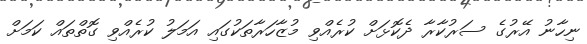
ނިހާނު އޭރުގެ ސަރުކާރާ ދެކޮޅަށް ކުރެއްވި މުޒާހަރާތަކުގައި އަމަލު ކުރެއްވި ގޮތްތައް ކަމަށް